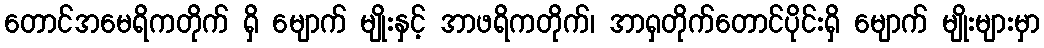
တောင်အမေရိကတိုက် ရှိ မျောက် မျိုးနှင့် အာဖရိကတိုက်၊ အာရှတိုက်တောင်ပိုင်းရှိ မျောက် မျိုးများမှာ